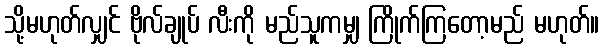
သို့မဟုတ်လျှင် ဗိုလ်ချုပ် လီးကို မည်သူကမျှ ကြိုက်ကြတော့မည် မဟုတ်။